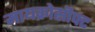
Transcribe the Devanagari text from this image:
मायक्रोसॊफ्ट